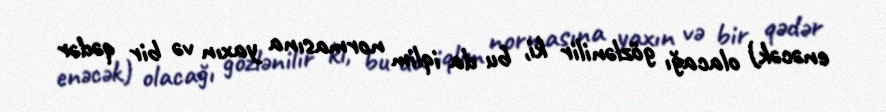
enəcək) olacağı gözlənilir ki, bu da iqlim normasına yaxın və bir qədər